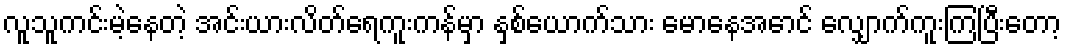
လူသူကင်းမဲ့နေတဲ့ အင်းယားလိတ်ရေကူးကန်မှာ နှစ်ယောက်သား မောနေအောင် လျှောက်ကူးကြပြီးတော့